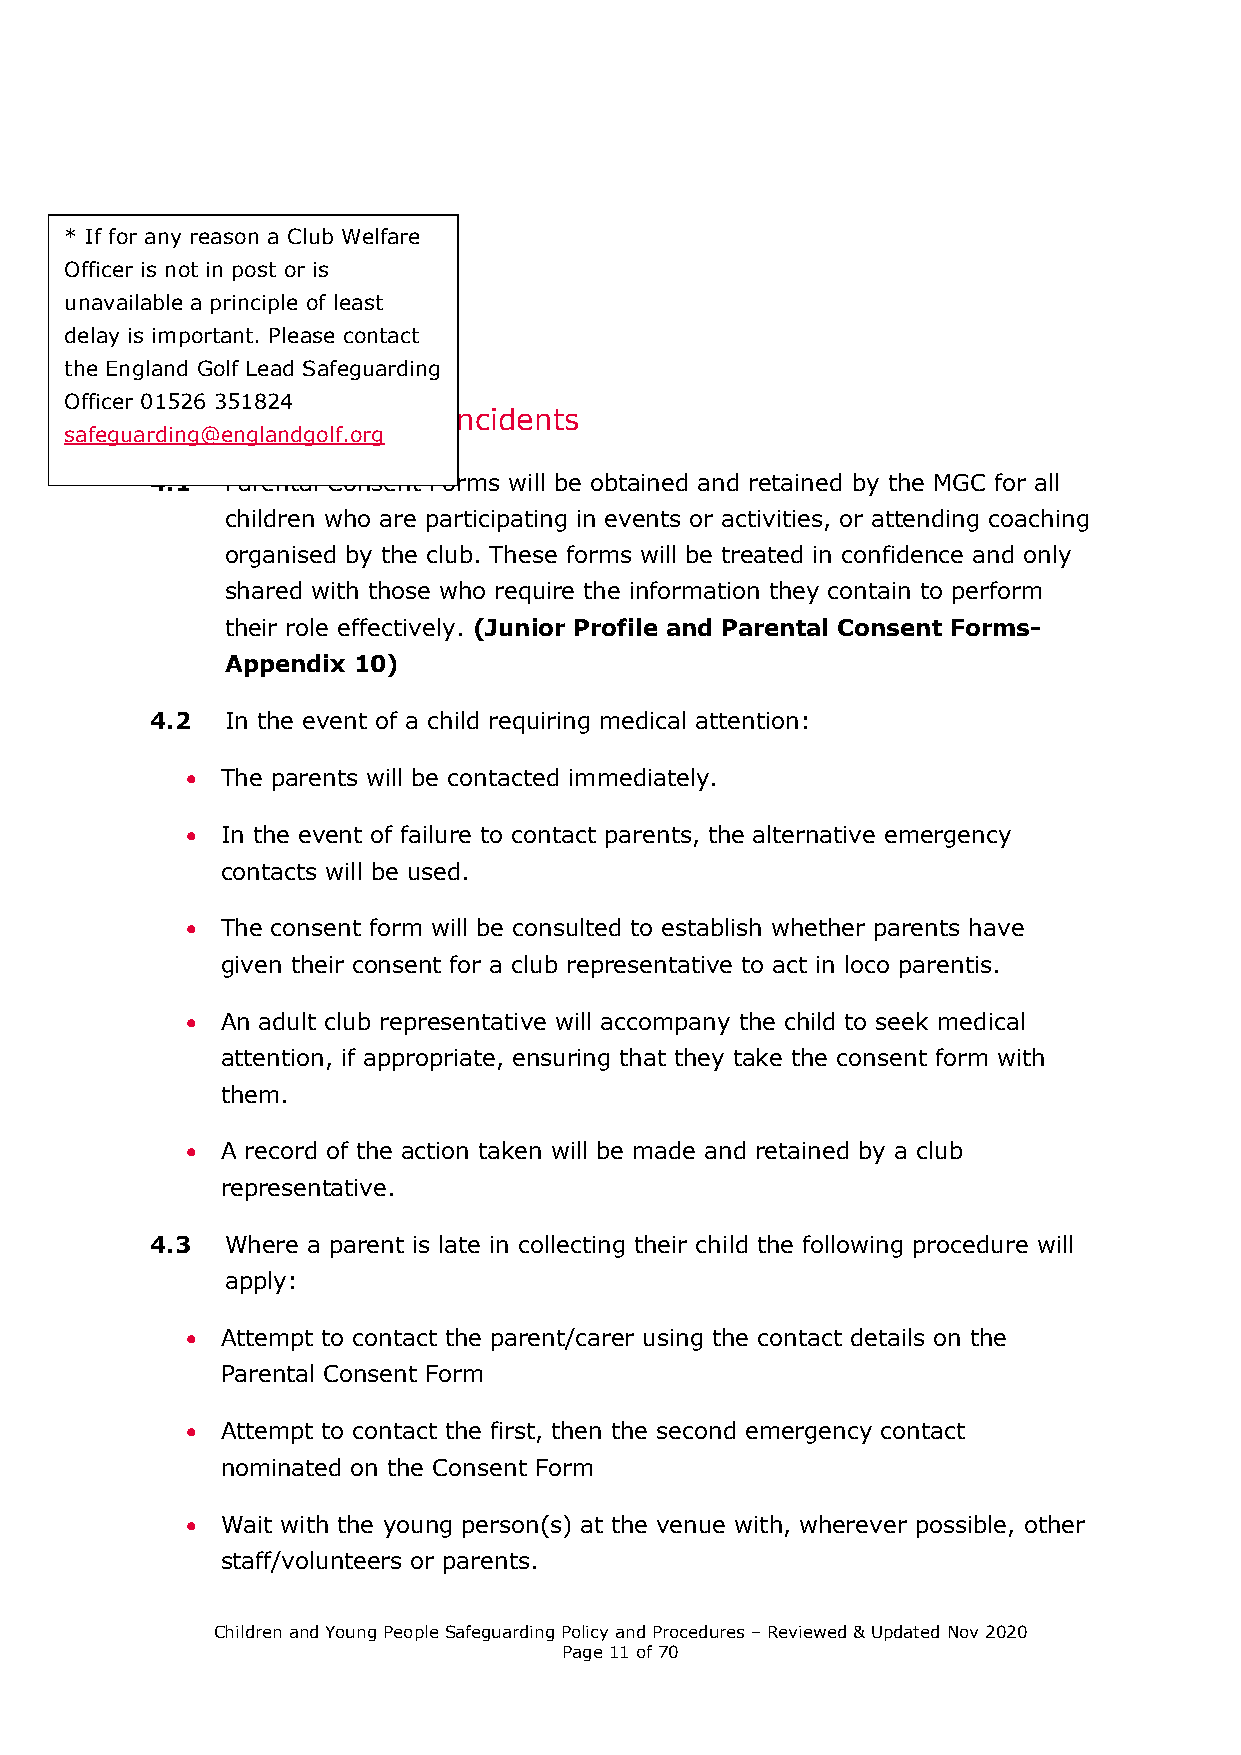
* If for any reason a Club Welfare
 Officer is not in post or is
 unavailable a principle of least
 delay is important. Please contact
 the England Golf Lead Safeguarding
 Officer 01526 351824
 4. Emergencies and  incidents
 safeguarding@englandgolf.org
 4.1  Parental Consent Forms will be obtained and retained by the MGC for all
 children who are participating in events or activities, or attending coaching
 organised by the club. These forms will be treated in confidence and only
 shared with those who require the information they contain to perform
 their role effectively. (Junior Profile and Parental Consent Forms-
 Appendix 10)
 4.2  In the event of a child requiring medical attention:
   The parents will be contacted immediately.
   In the event of failure to contact parents, the alternative emergency
 contacts will be used.
   The consent form will be consulted to establish whether parents have
 given their consent for a club representative to act in loco parentis.
   An adult club representative will accompany the child to seek medical
 attention, if appropriate, ensuring that they take the consent form with
 them.
   A record of the action taken will be made and retained by a club
 representative.
 4.3  Where a parent is late in collecting their child the following procedure will
 apply:
   Attempt to contact the parent/carer using the contact details on the
 Parental Consent Form
   Attempt to contact the first, then the second emergency contact
 nominated on the Consent Form
   Wait with the young person(s) at the venue with, wherever possible, other
 staff/volunteers or parents.
 Children and Young People Safeguarding Policy and Procedures – Reviewed & Updated Nov 2020
 Page 11 of 70